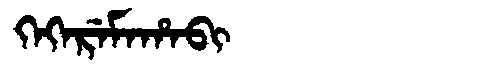
Manchu: ᡴᡝᡴᡝᡵᡝᠮᠠᡥᠠᠪᡳ
Romanization: KEKEREMAHABI